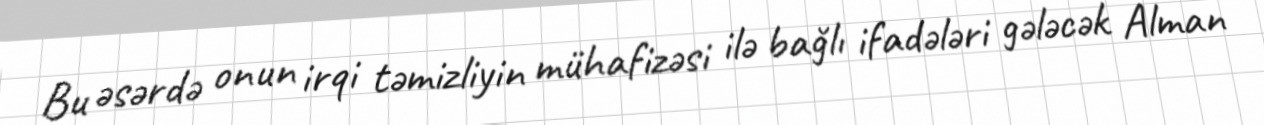
Bu əsərdə onun irqi təmizliyin mühafizəsi ilə bağlı ifadələri gələcək Alman